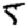
Digit: 5